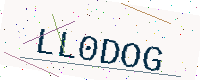
Text: LL0DOG